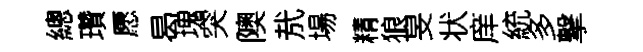
總瓚愿曷塊突隩㢤場精狼旻状庠統多撃